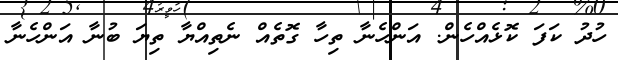
ހުދު ކަފަ ކޮޅެއްހެން. އަންހެނާ ތިހާ ގޮތެއް ނެތިއްޔާ ތިޔަ ބުނާ އަންހެނާ